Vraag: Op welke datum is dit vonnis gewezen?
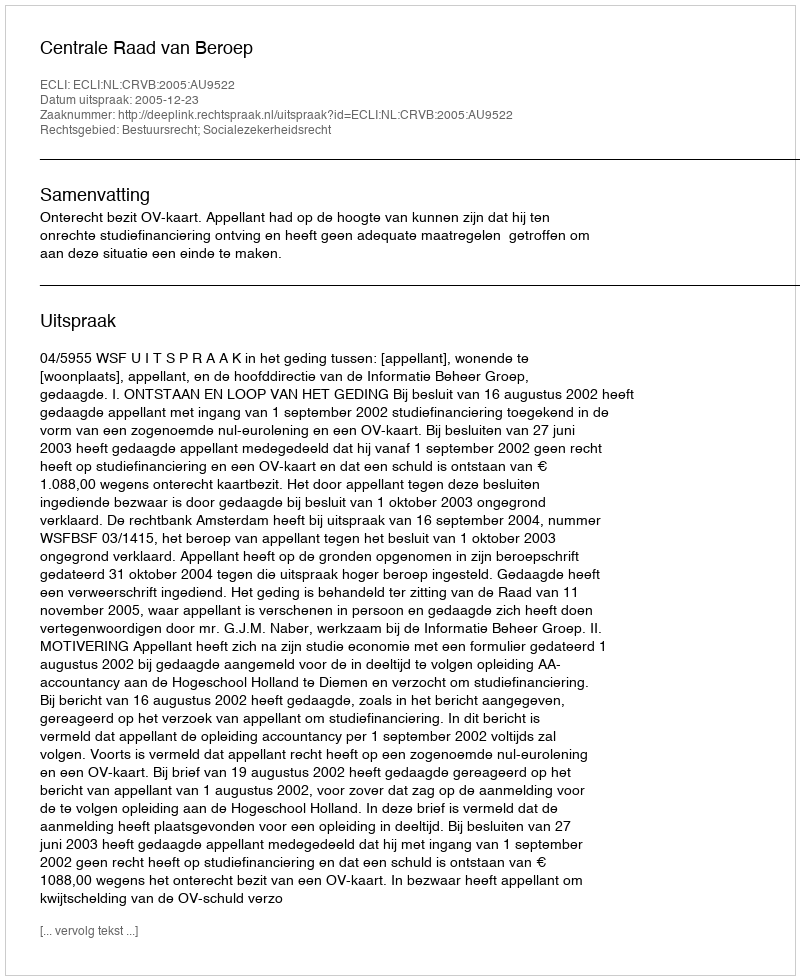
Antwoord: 2005-12-23